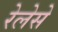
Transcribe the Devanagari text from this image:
रेलेसे